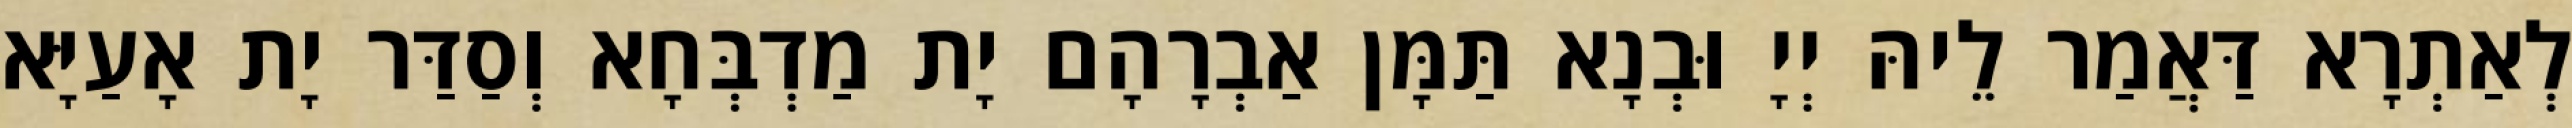
לְאַתְרָא דַּאֲמַר לֵיהּ יְיָ וּבְנָא תַּמָּן אַבְרָהָם יָת מַדְבְּחָא וְסַדַּר יָת אָעַיָּא